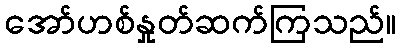
အော်ဟစ်နှုတ်ဆက်ကြသည်။